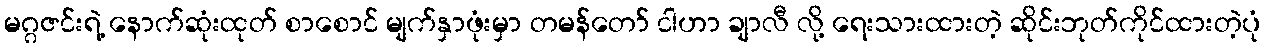
မဂ္ဂဇင်းရဲ့ နောက်ဆုံးထုတ် စာစောင် မျက်နှာဖုံးမှာ တမန်တော် ငါဟာ ချာလီ လို့ ရေးသားထားတဲ့ ဆိုင်းဘုတ်ကိုင်ထားတဲ့ပုံ